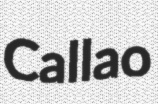
Callao